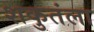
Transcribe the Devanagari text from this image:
शकुतंला